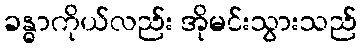
ခန္ဓာကိုယ်လည်း အိုမင်းသွားသည်